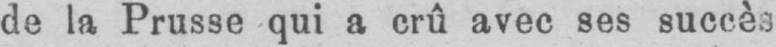
de la Prusse qui a crû avec ses succès